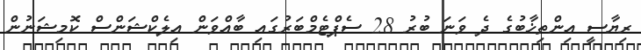
ރިޔާސީ އިންތިޚާބުގެ ދެ ވަނަ ބުރު 28 ސެޕްޓެމްބަރުގައި ބާއްވަން އިލެކްޝަންސް ކޮމިޝަނުން